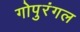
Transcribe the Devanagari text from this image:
गोपुरंगल